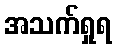
အသက်ရှုရ